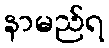
နာမည်ရ